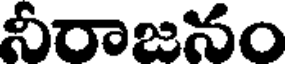
నీరాజనం